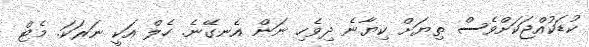
ކުޑަކުއްޖަކަށްވެސް ތިޔަށް ކިޔާނެ ދިވެހި ނަން އެނގޭނެ. ހެލް އަކީ ނަރަކަ. މެޓް